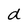
Character: d